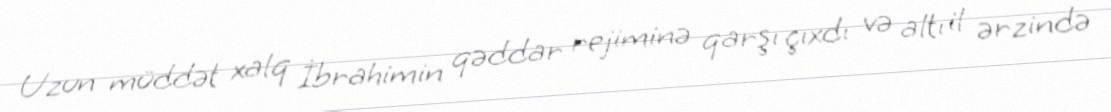
Uzun müddət xalq İbrahimin qəddar rejiminə qarşı çıxdı və altı il ərzində